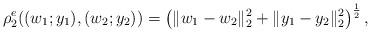
LaTeX: \begin{align*}\rho^e_2((w_1;y_1),(w_2;y_2))= \left(\|w_1-w_2\|^2_2+\|y_1-y_2\|^2_2\right)^{\frac12},\end{align*}